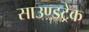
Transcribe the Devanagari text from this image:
साउण्डट्रेक